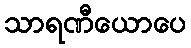
သာရဏီယောပေ